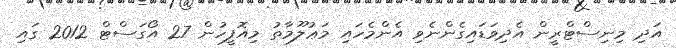
އަދި މިނިސްޓްރީން އެދިވަޑައިގެންނެވި އެންމެހައި މަޢުލޫމާތު މިއޮފީހުން 27 އޯގަސްޓް 2012 ގައި